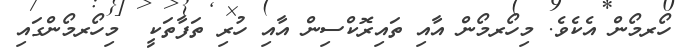
ހޯރމޯން އެކެވެ. މިހޯރމޯން އާއި ތައިރޮކްސިން އާއި ހުރި ތަފާތަކީ  މިހޯރމޯންގައި